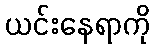
ယင်းနေရာကို